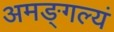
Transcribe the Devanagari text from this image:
अमङ्गल्यं